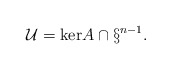
\begin{align*}\mathcal{U} = \mathrm{ker} A \cap \S^{n-1}. \end{align*}